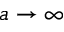
a \to \infty